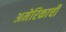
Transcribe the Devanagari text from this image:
अमेरिकाची